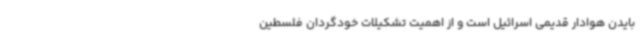
بایدن هوادار قدیمی اسرائیل است و از اهمیت تشکیلات خودگردان فلسطین